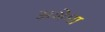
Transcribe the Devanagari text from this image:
अशेमा